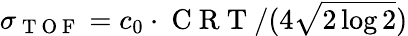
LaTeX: \sigma_{\mathrm{~T~O~F~}}=c_{0}\cdot\mathrm{~C~R~T~}/(4\sqrt{2\log{2}})